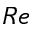
R e